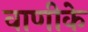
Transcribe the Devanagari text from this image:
वाणीके